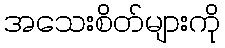
အသေးစိတ်များကို